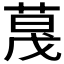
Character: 𬝏